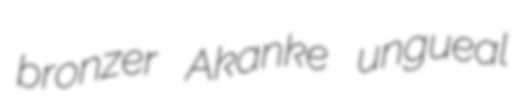
bronzer Akanke ungueal